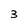
Character: 3